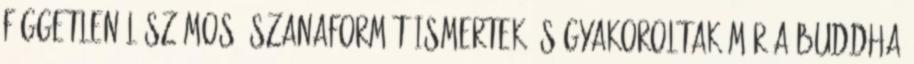
függetlenül számos ászanaformát ismertek és gyakoroltak már a Buddha